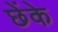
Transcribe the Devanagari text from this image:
छेंके